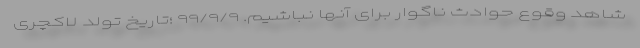
شاهد وقوع حوادث ناگوار برای آنها نباشیم. ۹۹/۹/۹ ؛تاریخ تولد لاکچری